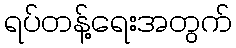
ရပ်တန့်ရေးအတွက်